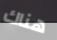
هناك